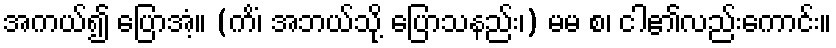
အကယ်၍ ပြောအံ့။ (ကိံ၊ အဘယ်သို့ ပြောသနည်း၊) မမ စ၊ ငါ၏လည်းကောင်း။